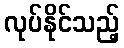
လုပ်နိုင်သည့်